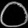
Digit: ၀